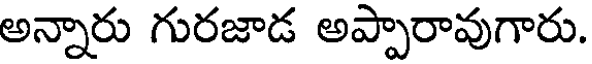
అన్నారు గురజాడ అప్పారావుగారు.